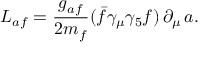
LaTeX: { \cal L } _ { a f } = \frac { g _ { a f } } { 2 m _ { f } } ( \bar { f } \gamma _ { \mu } \gamma _ { 5 } f ) \, \partial _ { \mu } \, a .